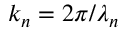
k _ { n } = 2 \pi / \lambda _ { n }